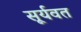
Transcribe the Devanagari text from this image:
सूर्यवत